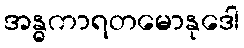
အန္ဓကာရတမောနုဒေါ